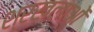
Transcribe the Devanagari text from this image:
श्रखलाओं